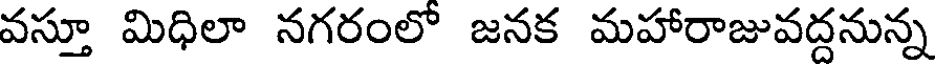
వస్తూ మిధిలా నగరంలో జనక మహారాజువద్దనున్న